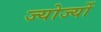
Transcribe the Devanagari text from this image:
ज्योर्ज्यो